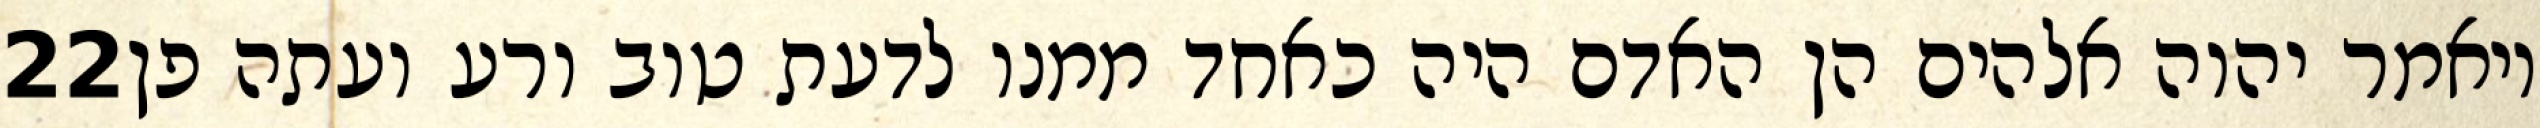
‎22‏ ויאמר יהוה אלהים הן האדם היה כאחד ממנו לדעת טוב ורע ועתה פן